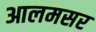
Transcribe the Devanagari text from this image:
आलमसर